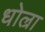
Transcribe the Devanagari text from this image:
धोल्रा